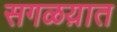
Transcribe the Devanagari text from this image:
सगळय़ात